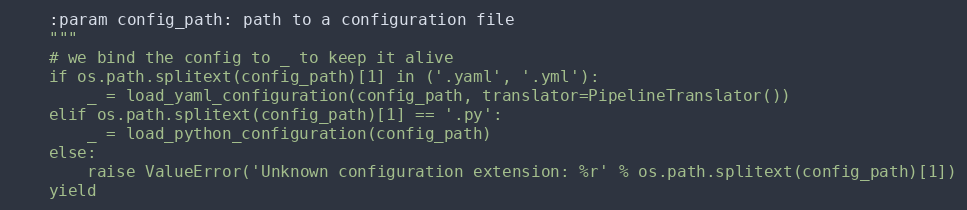
Language: Python
    :param config_path: path to a configuration file
    """
    # we bind the config to _ to keep it alive
    if os.path.splitext(config_path)[1] in ('.yaml', '.yml'):
        _ = load_yaml_configuration(config_path, translator=PipelineTranslator())
    elif os.path.splitext(config_path)[1] == '.py':
        _ = load_python_configuration(config_path)
    else:
        raise ValueError('Unknown configuration extension: %r' % os.path.splitext(config_path)[1])
    yield